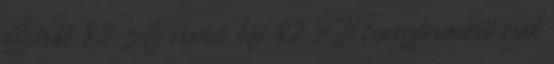
Szűrők 82 Az eredeti kép 82 3D transzformáció csak